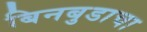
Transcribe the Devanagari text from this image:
बिनबुडाचा